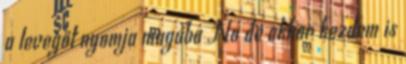
a levegőt nyomja magába No de akkor kezdem is